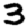
Digit: 3